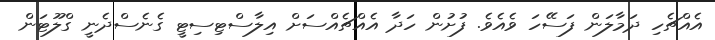
އެއްޗެހި ދަމާލަން ފަސޭހަ ވެއެވެ. ފުށުން ހަދާ އެއްޗެއްސަށް އިލާސްޓިސިޓީ ގެނެސްދެނީ ގްލޫޓަން